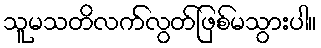
သူမသတိလက်လွတ်ဖြစ်မသွားပါ။